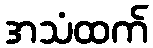
အသံထက်